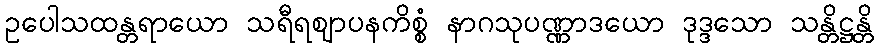
ဥပေါသထန္တရာယော သရီရဈာပနကိစ္စံ နာဂသုပဏ္ဏာဒယော ဒုဒ္ဒသော သန္တိဋ္ဌန္တိ